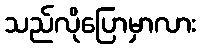
သည်လိုပြောမှာလား